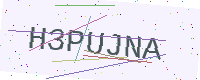
Text: H3PUJNA